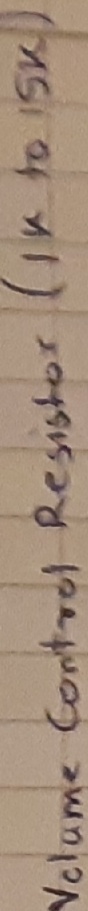
Text: Volume control Resistor(1k to 15k)